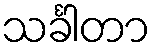
သင်္ခါတာ